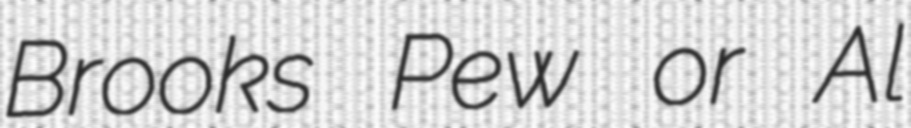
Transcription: Brooks Pew or Al